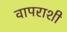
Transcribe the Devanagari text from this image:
वापराशी